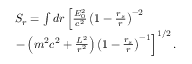
\begin{array} { l } { S _ { r } = \int d r \left[ \frac { { \cal { E } } _ { 0 } ^ { 2 } } { c ^ { 2 } } \left( 1 - \frac { r _ { s } } { r } \right) ^ { - 2 } \right. } \\ { \left. - \left( m ^ { 2 } c ^ { 2 } + \frac { { \cal { L } } ^ { 2 } } { r ^ { 2 } } \right) \left( 1 - \frac { r _ { s } } { r } \right) ^ { - 1 } \right] ^ { 1 / 2 } . } \end{array}